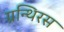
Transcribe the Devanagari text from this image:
ग्रन्थिरस